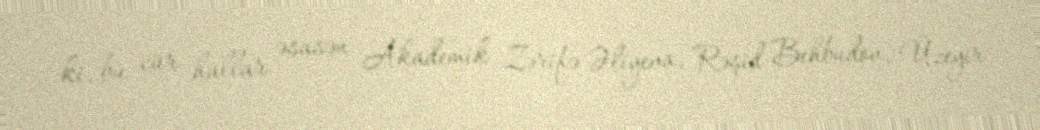
ki, bu cür hallar əsasən Akademik Zərifə Əliyeva, Rəşid Behbudov, Üzeyir